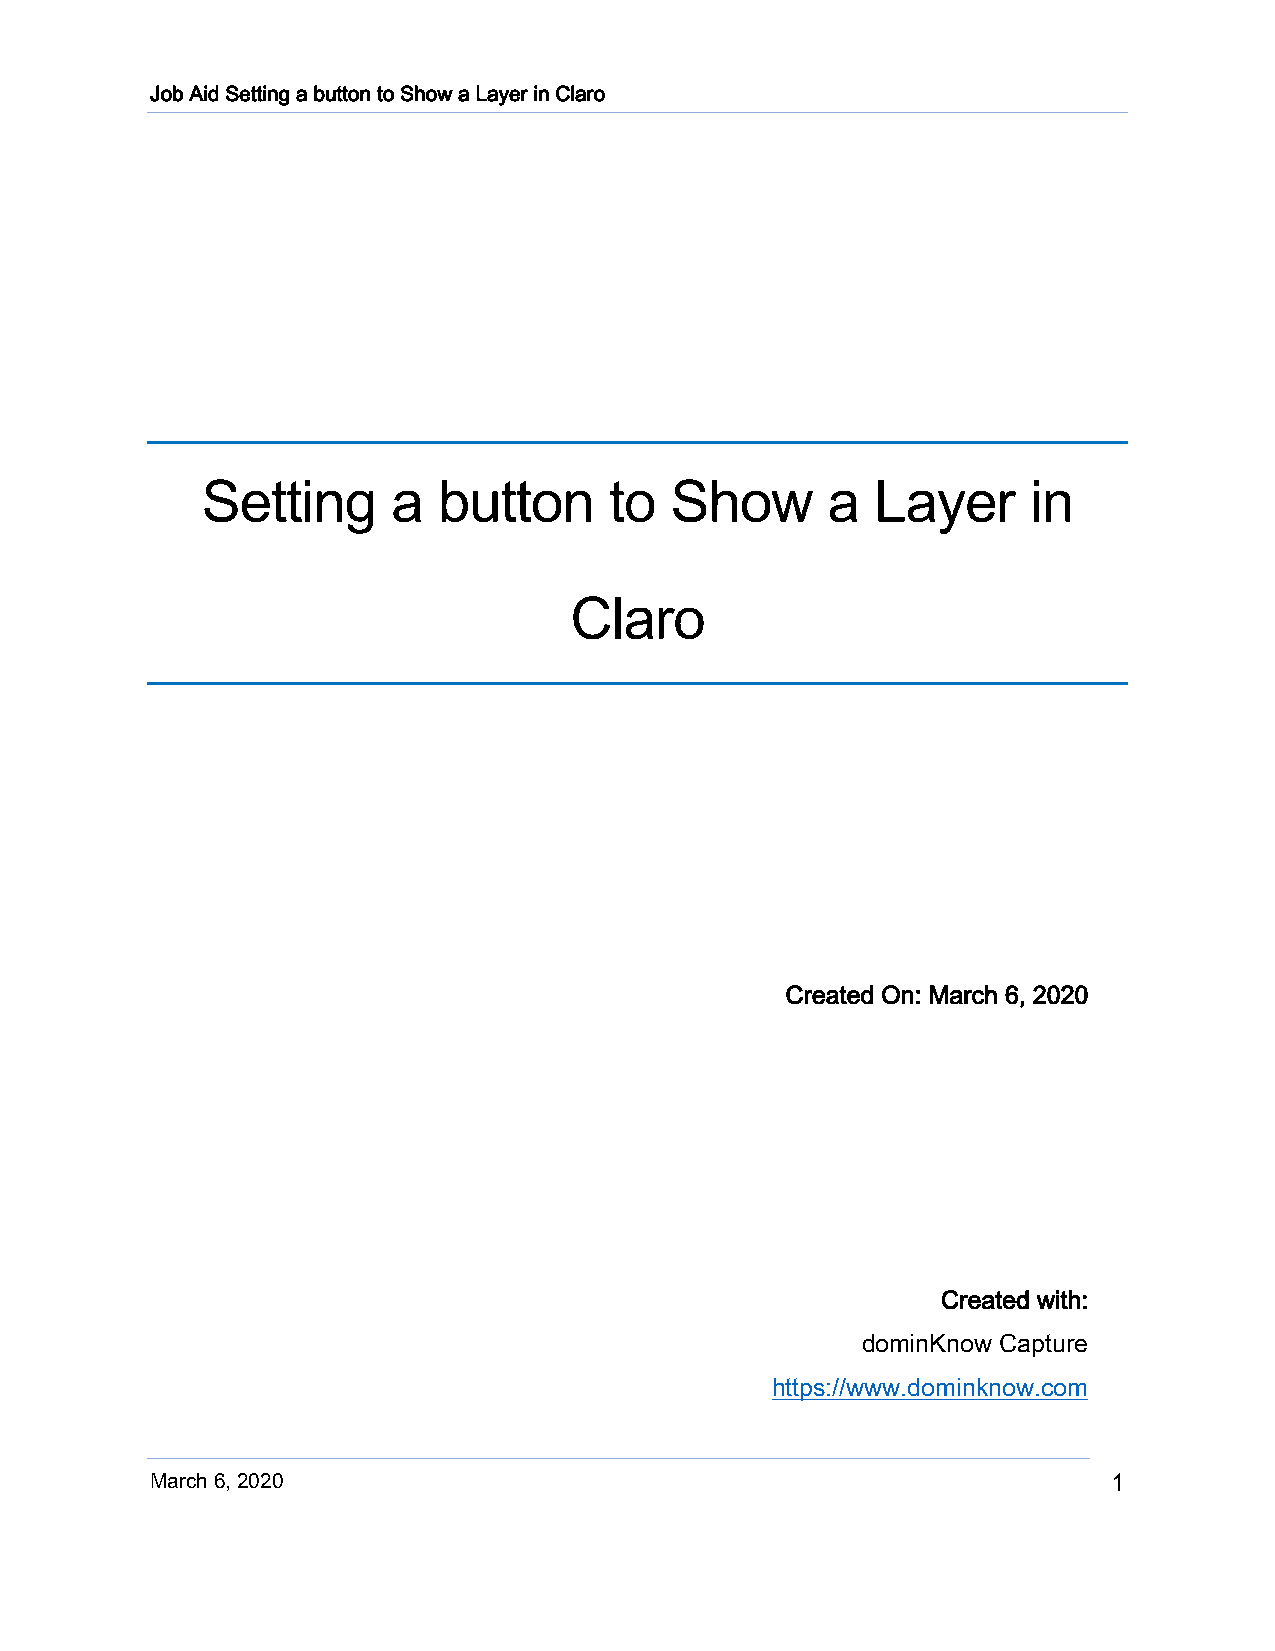
Job Aid Setting a button to Show a Layer in Claro
 Setting      a  button     to  Show       a  Layer     in
 Claro
 Created On: March 6, 2020
 Created with:
 dominKnow Capture
 https://www.dominknow.com
 March 6, 2020                                                   1